Leaving Certificate Examination (including Day School Certificate (Higher) General paper), 1927
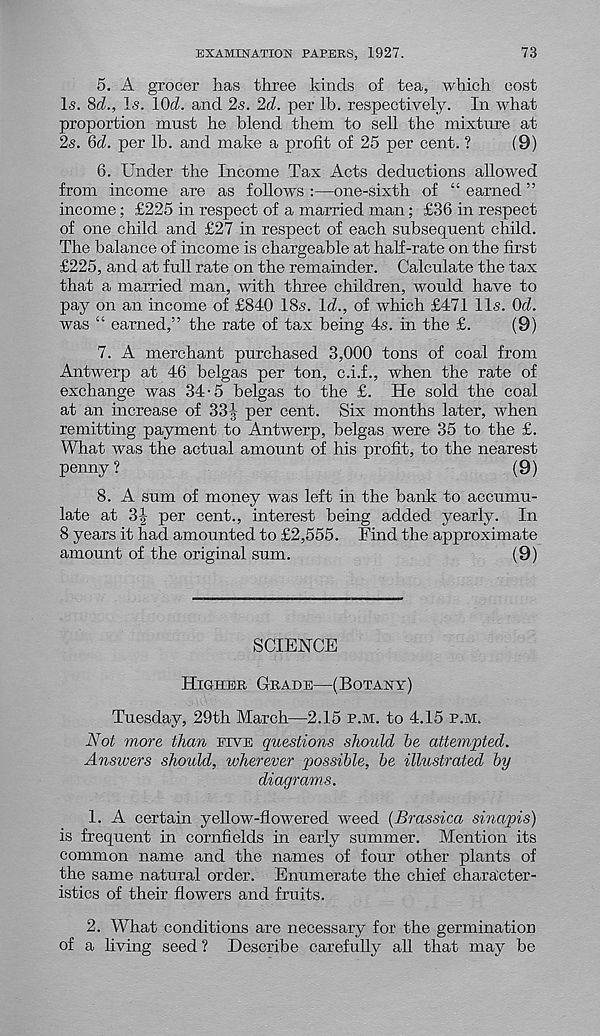
EXAMINATION PAPERS, 1927.
73
5. A grocer lias three kinds of tea, which cost
Is. 8d., Is. lOd. and 2s. 2d. per lb. respectively. In what
proportion must he blend them to sell the mixture at
2s. 6d. per lb. and make a profit of 25 per cent. ?
(9)
6. Under the Income Tax Acts deductions allowed
from income are as follows :—one-sixth of “ earned ”
income; £225 in respect of a married man; £36 in respect
of one child and £27 in respect of each subsequent child.
The balance of income is chargeable at half-rate on the first
£225, and at full rate on the remainder. Calculate the tax
that a married man, with three children, would have to
pay on an income of £840 18s. Id., of which £471 11s. Od.
was “ earned,” the rate of tax being 4s. in the £.
(9)
7. A merchant purchased 3,000 tons of coal from
Antwerp at 46 belgas per ton, c.i.f., when the rate of
exchange was 34-5 belgas to the £. He sold the coal
at an increase of 33i; per cent. Six months later, when
remitting payment to Antwerp, belgas were 35 to the £.
What was the actual amount of his profit, to the nearest
penny ?
(9)
8. A sum of money was left in the bank to accumu-
late at 3| per cent., interest being added yearly. In
8 years it had amounted to £2,555. Find the approximate
amount of the original sum.
(9)
SCIENCE
Higher Grade—(Botany)
Tuesday, 29th March—2.15 p.m. to 4.15 p.m.
A T ot more than five questions should be attempted.
Answers should, wherever possible, be illustrated by
diagrams.
1. A certain yellow-flowered weed (Brassica sinapis)
is frequent in cornfields in early summer. Mention its
common name and the names of four other plants of
the same natural order. Enumerate the chief character-
istics of their flowers and fruits.
2. What conditions are necessary for the germination
of a living seed ? Describe carefully all that may be